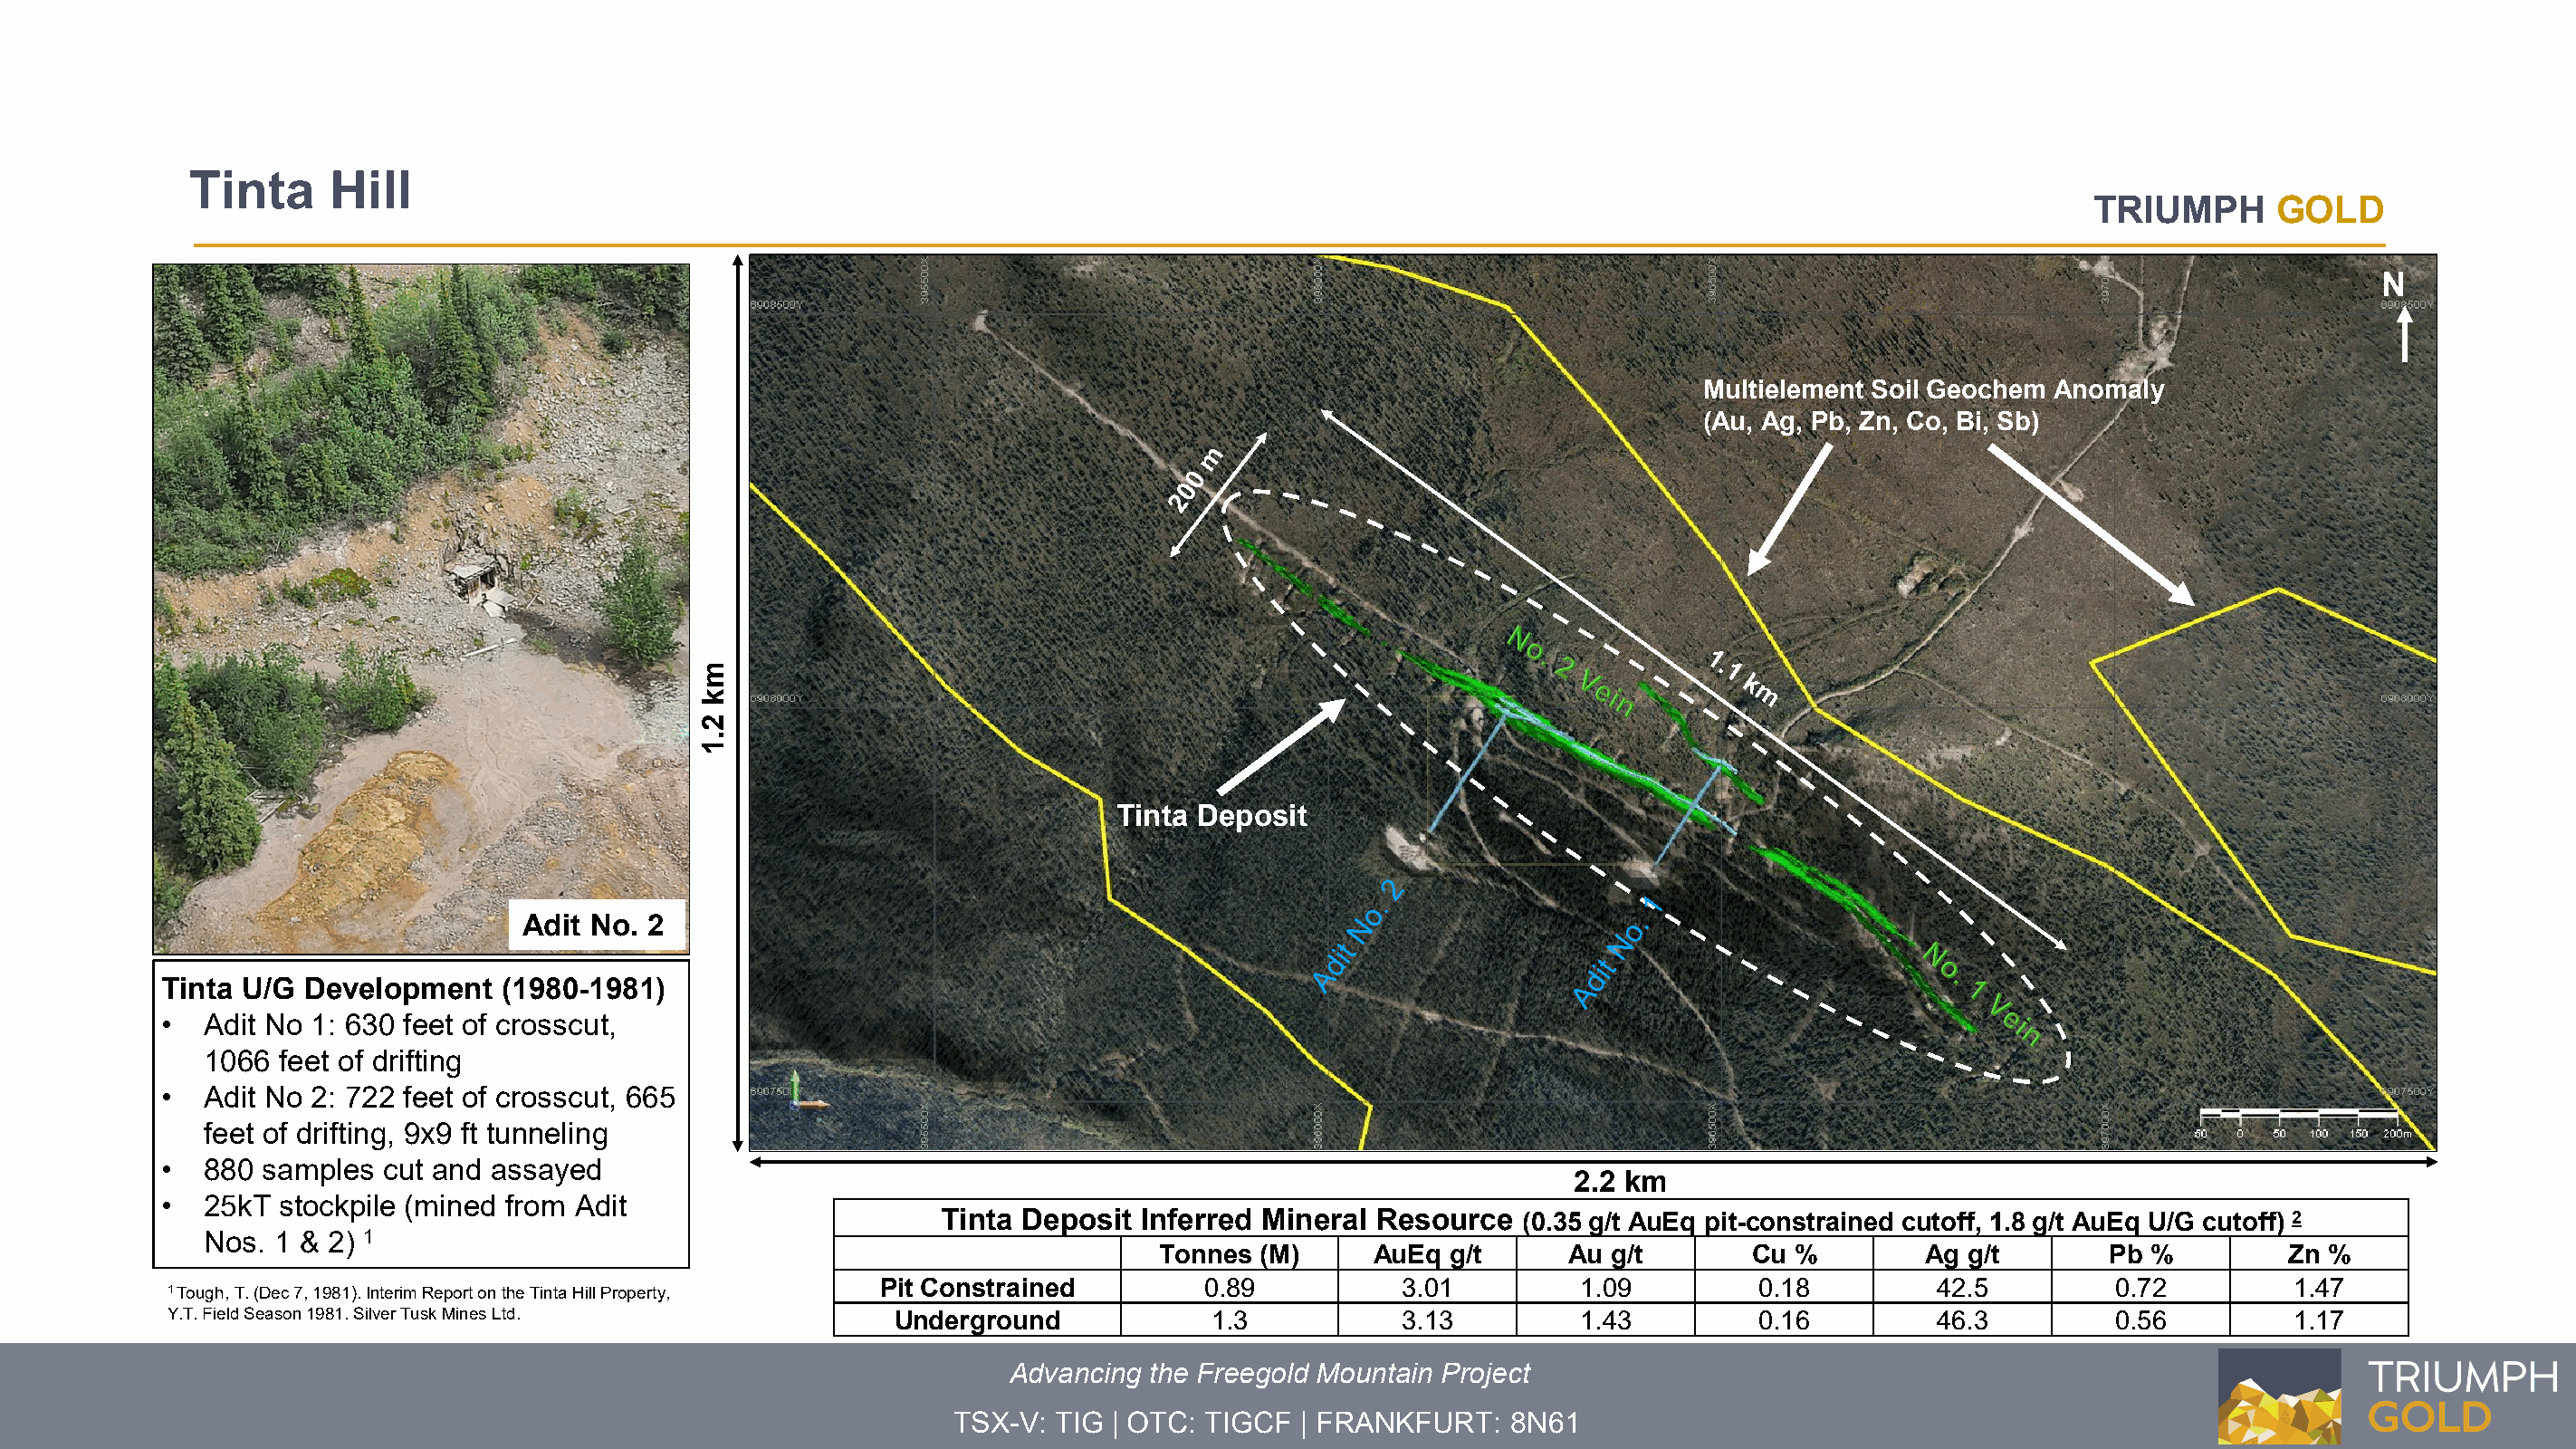
Tinta     Hill
 TRIUMPH      GOLD
 N
 Multielement Soil Geochem Anomaly
 (Au, Ag, Pb, Zn, Co, Bi, Sb)
 Tinta Deposit
 Adit No. 2
 Tinta U/G Development    (1980-1981)
 •  Adit No 1: 630 feet of crosscut,
 1066 feet of drifting
 •  Adit No 2: 722 feet of crosscut, 665
 feet of drifting, 9x9 ft tunneling
 •  880 samples  cut and assayed
 2.2 km
 •  25kT stockpile (mined from Adit
 Tinta Deposit Inferred Mineral  Resource  (0.35 g/t AuEq pit-constrained cutoff, 1.8 g/t AuEq U/G cutoff) 2
 Nos. 1 & 2) 1
 Tonnes (M)     AuEq  g/t      Au g/t       Cu %         Ag g/t       Pb %         Zn %
 Pit Constrained         0.89          3.01          1.09         0.18         42.5         0.72         1.47
 1 Tough, T. (Dec 7, 1981). Interim Report on the Tinta Hill Property,
 Y.T. Field Season 1981. Silver Tusk Mines Ltd.       Underground             1.3          3.13          1.43         0.16         46.3         0.56         1.17
 Advancing the Freegold Mountain Project
 TSX-V: TIG | OTC: TIGCF  | FRANKFURT:   8N61
 mk
 2.1